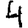
Digit: 4